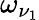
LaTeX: \omega_{\nu_{1}}